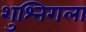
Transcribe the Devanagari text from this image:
शुश्निगला